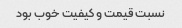
نسبت قیمت و کیفیت خوب بود